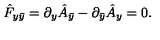
\hat { F } _ { y \bar { y } } = \partial _ { y } \hat { A } _ { \bar { y } } - \partial _ { \bar { y } } \hat { A } _ { y } = 0 .